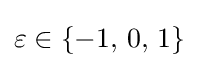
\varepsilon \in \left\{-1,\,0,\,1\right\}